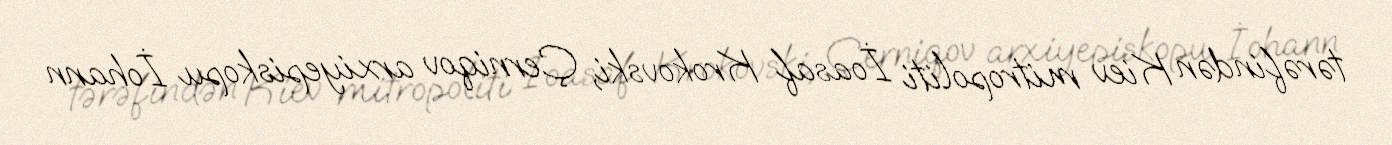
tərəfindən Kiev mitropoliti İoasaf Krokovski, Çerniqov arxiyepiskopu İohann